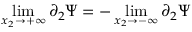
\operatorname* { l i m } _ { x _ { 2 } \to + \infty } \partial _ { 2 } \Psi = - \operatorname* { l i m } _ { x _ { 2 } \to - \infty } \partial _ { 2 } \Psi